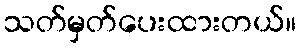
သတ်မှတ်ပေးထားတယ်။